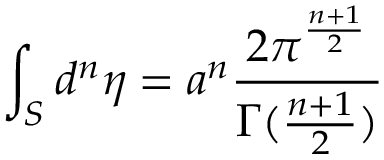
\int _ { S } { d ^ { n } } { \eta } = a ^ { n } \frac { 2 \pi ^ { \frac { n + 1 } { 2 } } } { \Gamma ( \frac { n + 1 } { 2 } ) }